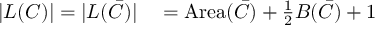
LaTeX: \begin{array} { r l } { | L ( C ) | = | L ( { \bar { C } } ) | } & { { } = \operatorname { A r e a } ( { \bar { C } } ) + { \frac { 1 } { 2 } } B ( { \bar { C } } ) + 1 } \end{array}